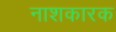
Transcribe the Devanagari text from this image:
नाशकारक